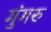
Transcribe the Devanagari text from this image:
गुंगरु